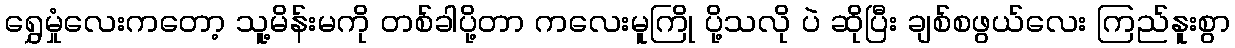
ရွှေမှုံလေးကတော့ သူ့မိန်းမကို တစ်ခါပို့တာ ကလေးမူကြို ပို့သလို ပဲ ဆိုပြီး ချစ်စဖွယ်လေး ကြည်နူးစွာ